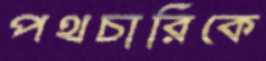
পথচারিকে